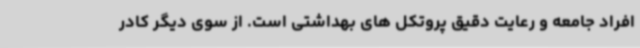
افراد جامعه و رعایت دقیق پروتکل های بهداشتی است. از سوی دیگر کادر